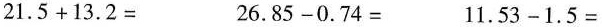
$$2 1 . 5 + 1 3 . 2 =$$ $$2 6 . 8 5 - 0 . 7 4 =$$ $$1 1 . 5 3 - 1 . 5 =$$